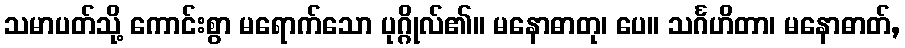
သမာပတ်သို့ ကောင်းစွာ မရောက်သော ပုဂ္ဂိုလ်၏။ မနောဓာတု၊ ပေ။ သင်္ဂဟိတာ၊ မနောဓာတ်,